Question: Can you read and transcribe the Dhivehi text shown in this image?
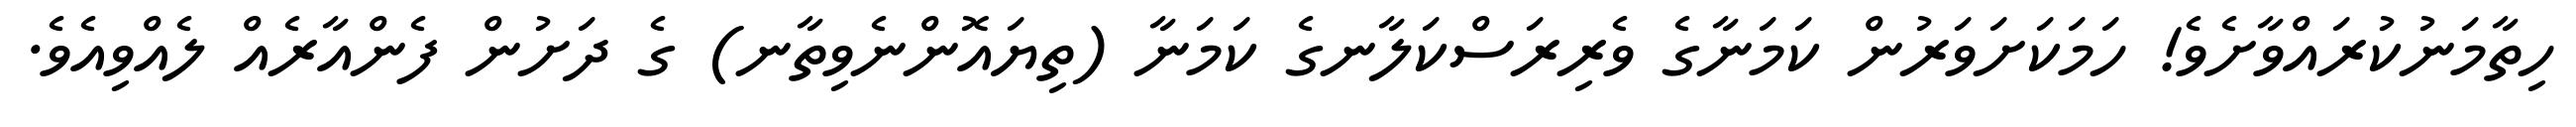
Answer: ހިތާމަނުކުރައްވާށެވެ! ހަމަކަށަވަރުން ކަމަނާގެ ވެރިރަސްކަލާނގެ ކަމަނާ (ތިޔައޮންނެވިތާނ) ގެ ދަށުން ފެންއާރެއް ލެއްވިއެވެ.